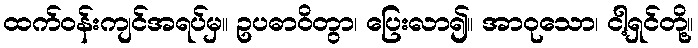
ထက်ဝန်းကျင်အရပ်မှ။ ဥပဓာဝိတွာ၊ ပြေးလာ၍။ အာဝုသော၊ ငါ့ရှင်တို့။